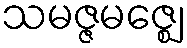
သမဇ္ဇမဇ္ဈေ